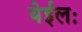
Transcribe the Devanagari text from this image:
येईलः